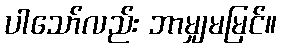
ပါသော်လည်း ဘာမျှမမြင်။